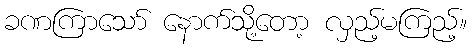
ခဏကြာသော် နောက်သို့တော့ လှည့်မကြည့်။